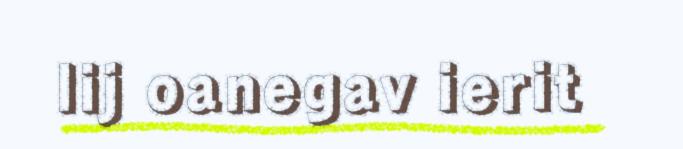
lij oanegav ierit